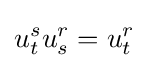
u_{t}^{s}u_{s}^{r}=u_{t}^{r}